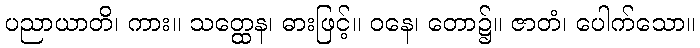
ပညာယာတိ၊ ကား။ သတ္ထေန၊ ဓားဖြင့်။ ဝနေ၊ တော၌။ ဇာတံ၊ ပေါက်သော။